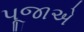
પૂજાએ